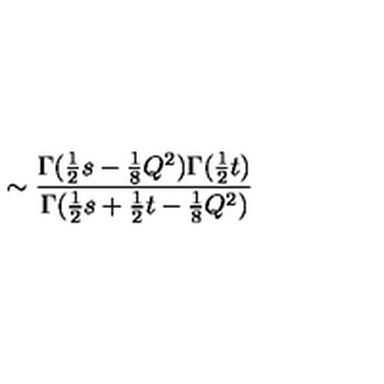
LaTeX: \sim \frac { \Gamma ( \frac { 1 } { 2 } s - \frac { 1 } { 8 } Q ^ { 2 } ) \Gamma ( \frac { 1 } { 2 } t ) } { \Gamma ( \frac { 1 } { 2 } s + \frac { 1 } { 2 } t - \frac { 1 } { 8 } Q ^ { 2 } ) }